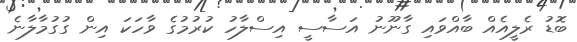
ބޮޑު ރެލީއެއް ބާއްވައި ގާނޫނު އަސާސީ އިސްލާހު ކުރުމުގެ ވާހަކަ އިން ގުގުމާލާނެ